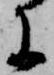
に